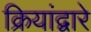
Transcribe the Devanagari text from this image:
क्रियांद्वारे